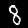
Digit: 8